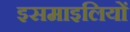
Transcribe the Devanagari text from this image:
इसमाइलियों